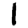
Digit: 1